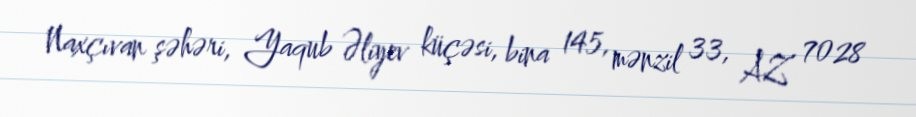
Naxçıvan şəhəri, Yaqub Əliyev küçəsi, bina 145, mənzil 33, AZ 7028